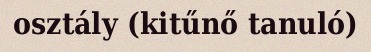
osztály (kitűnő tanuló)